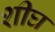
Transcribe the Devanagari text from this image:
शीघ